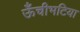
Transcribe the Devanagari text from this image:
ऊँचीभटिया